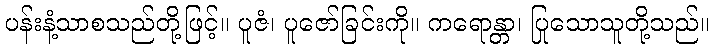
ပန်းနံ့သာစသည်တို့ဖြင့်။ ပူဇံ၊ ပူဇော်ခြင်းကို။ ကရောန္တာ၊ ပြုသောသူတို့သည်။